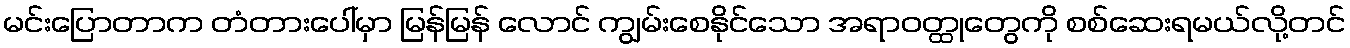
မင်းပြောတာက တံတားပေါ်မှာ မြန်မြန် လောင် ကျွမ်းစေနိုင်သော အရာဝတ္ထုတွေကို စစ်ဆေးရမယ်လို့တင်